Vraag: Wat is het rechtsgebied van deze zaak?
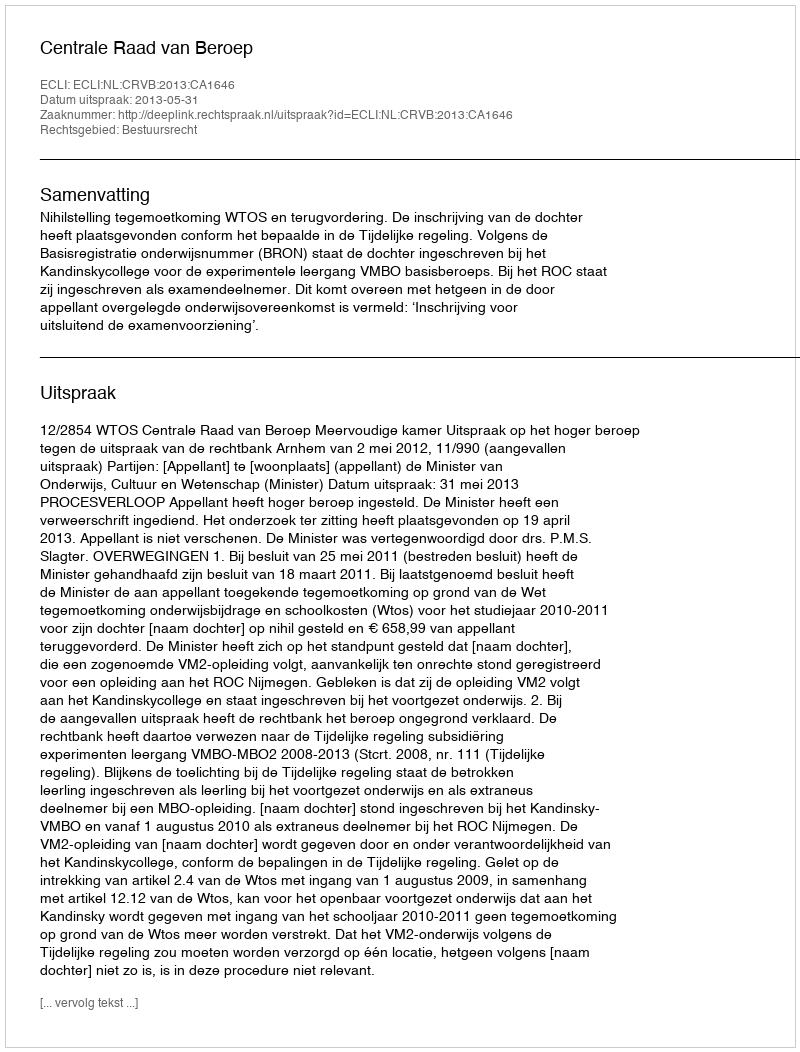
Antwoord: Bestuursrecht